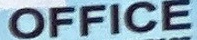
OFFICE